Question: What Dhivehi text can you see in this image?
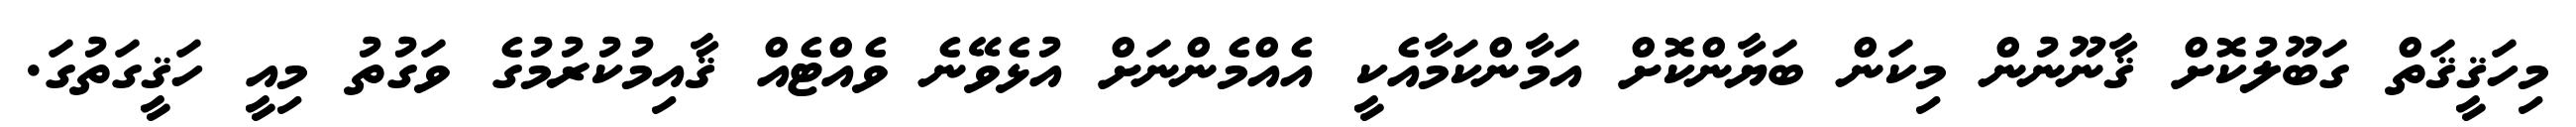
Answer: މިހަޤީޤަތް ގަބޫލުކޮށް ޤާނޫނުން މިކަން ބަޔާންކޮށް އަމާންކަމާއެކީ އެއްމެންނަށް އުޅެވޭނެ ވެއްޓެއް ޤާއިމުކުރުމުގެ ވަގުތު މިއީ ހަޤީގަތުގަ.